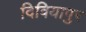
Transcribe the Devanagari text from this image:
दिवियापुर